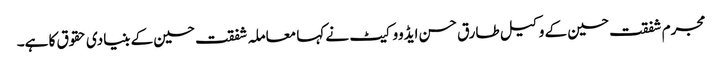
مجرم شفقت حسین کے وکیل طارق حسن ایڈووکیٹ نے کہا معاملہ شفقت حسین کے بنیادی حقوق کا ہے۔